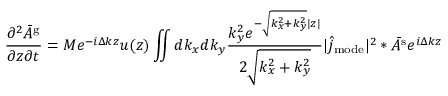
\frac { \partial ^ { 2 } \bar { A } ^ { \mathrm { g } } } { \partial z \partial t } = M e ^ { - i \Delta k z } u ( z ) \iint d k _ { x } d k _ { y } \frac { k _ { y } ^ { 2 } e ^ { - \sqrt { k _ { x } ^ { 2 } + k _ { y } ^ { 2 } } | z | } } { 2 \sqrt { k _ { x } ^ { 2 } + k _ { y } ^ { 2 } } } | \hat { j } _ { \mathrm { m o d e } } | ^ { 2 } \ast \bar { A } ^ { \mathrm { s } } e ^ { i \Delta k z }